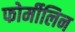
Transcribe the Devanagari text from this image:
फोर्मीलिन